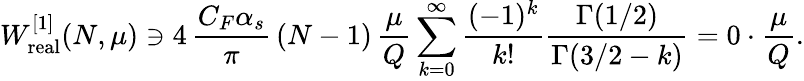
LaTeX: W_{\mathrm{real}}^{[1]}(N,\mu)\ni 4\, \frac{C_{F}\alpha_{s}}{\pi}\, (N-1)\, \frac{\mu}{Q}\sum_{k=0}^{\infty}\frac{(-1)^{k}}{k!}\frac{\Gamma(1/2)}{\Gamma(3/2-k)}=0\cdot\frac{\mu}{Q}.